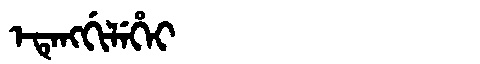
Manchu: ᡝᡨᡝᠩᡤᡳᠯᡝᡥᡝᡳ
Romanization: ETENGGILEHEI